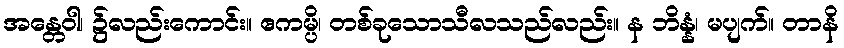
အန္တေဝါ၊ ၌လည်းကောင်း။ ဧကမ္ပိ၊ တစ်ခုသောသီလသည်လည်း။ န ဘိန္နံ၊ မပျက်။ တာနိ